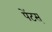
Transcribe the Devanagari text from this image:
पेंटस्